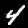
Digit: 4